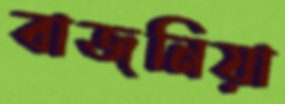
বাজনিয়া